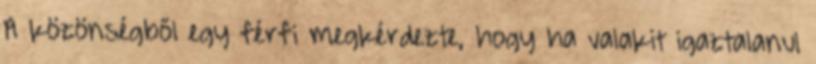
A közönségből egy férfi megkérdezte, hogy ha valakit igaztalanul